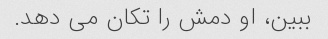
ببین، او دمش را تکان می دهد.